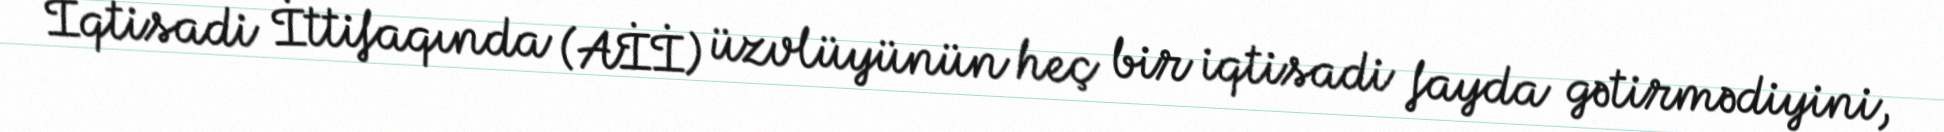
İqtisadi İttifaqında (Aİİ) üzvlüyünün heç bir iqtisadi fayda gətirmədiyini,